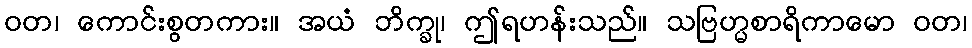
ဝတ၊ ကောင်းစွတကား။ အယံ ဘိက္ခု၊ ဤရဟန်းသည်။ သဗြဟ္မစာရိကာမော ဝတ၊